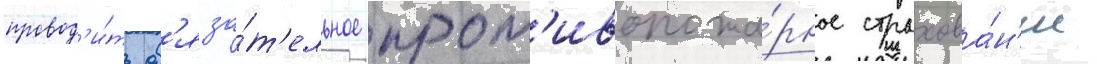
провод'и́ть об'яза́т'ельное прот'ивопожа́рное страхова́н'ие